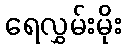
ရေလွှမ်းမိုး